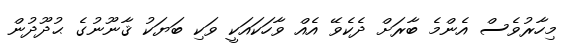
މިހާރުވެސް އެންމެ ބާރަށް ދެކެވޭ އެއް ވާހަކައަކީ ވަކި ބަޔަކު ޤާނޫނުގެ ޙުދޫދުން